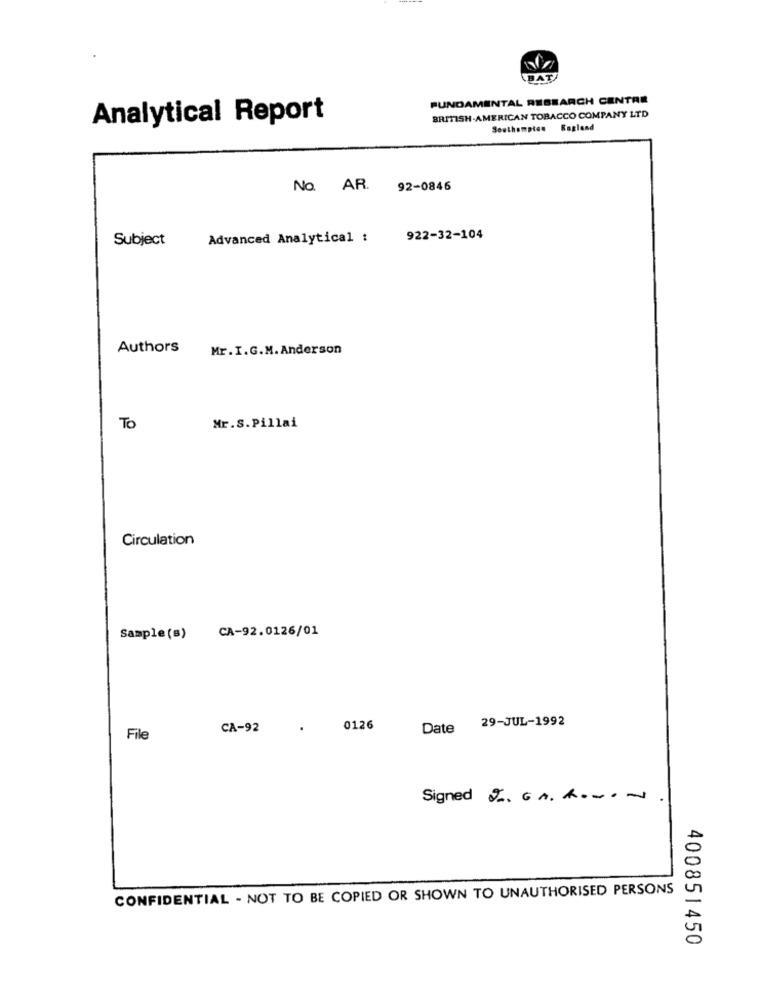
BAT
FUNDAMENTAL RESEARCH CENTRE
Analytical Report
BRITISH-AMERICAN TOBACCO COMPANY LTD
Southampton Ragland
No. AR. 92-0846
Subject
Advanced Analytical :
922-32-104
Authors
Mr. I.G.M. Anderson
To
Mr.S.Pillai
Circulation
CA-92.0126/01
Sample (s)
29-JUL-1992
CA-92
.
0126
Date
File
Signed J. GA. R ...-
CONFIDENTIAL - NOT TO BE COPIED OR SHOWN TO UNAUTHORISED PERSONS
400851450